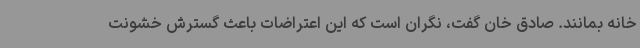
خانه بمانند. صادق خان گفت، نگران است که این اعتراضات باعث گسترش خشونت